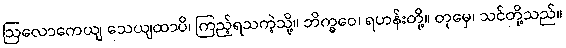
ဩလောကေယျ သေယျထာပိ၊ ကြည့်ရသကဲ့သို့။ ဘိက္ခဝေ၊ ရဟန်းတို့။ တုမှေ၊ သင်တို့သည်။